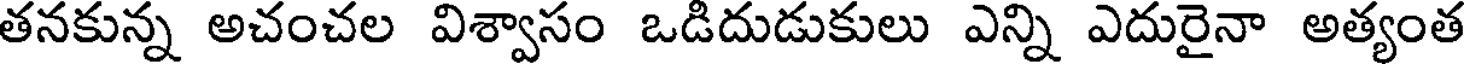
తనకున్న అచంచల విశ్వాసం ఒడిదుడుకులు ఎన్ని ఎదురైనా అత్యంత